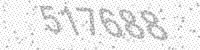
Solution: 517688